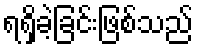
ရရှိခဲ့ခြင်းဖြစ်သည်